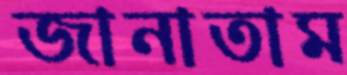
জানাতাম